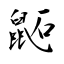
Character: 鼫